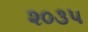
૨૦૩૫